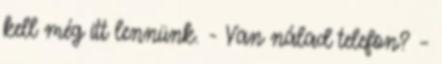
kell még itt lennünk. - Van nálad telefon? –